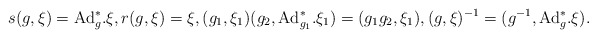
\begin{align*} s(g,\xi)=\hbox{Ad}^*_{g}.\xi,r(g,\xi)= \xi ,(g_1,\xi_1)(g_2,\hbox{Ad}^*_{g_1}.\xi_1)=({g_1}{g_2},\xi_1),(g,\xi)^{-1}=(g^{-1},\hbox{Ad}^*_{g}.\xi).\end{align*}